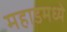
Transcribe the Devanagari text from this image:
महाडमध्ये